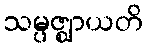
သမ္ပဇ္ဈာယတိ